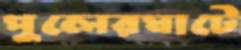
পুলেরঘাটে